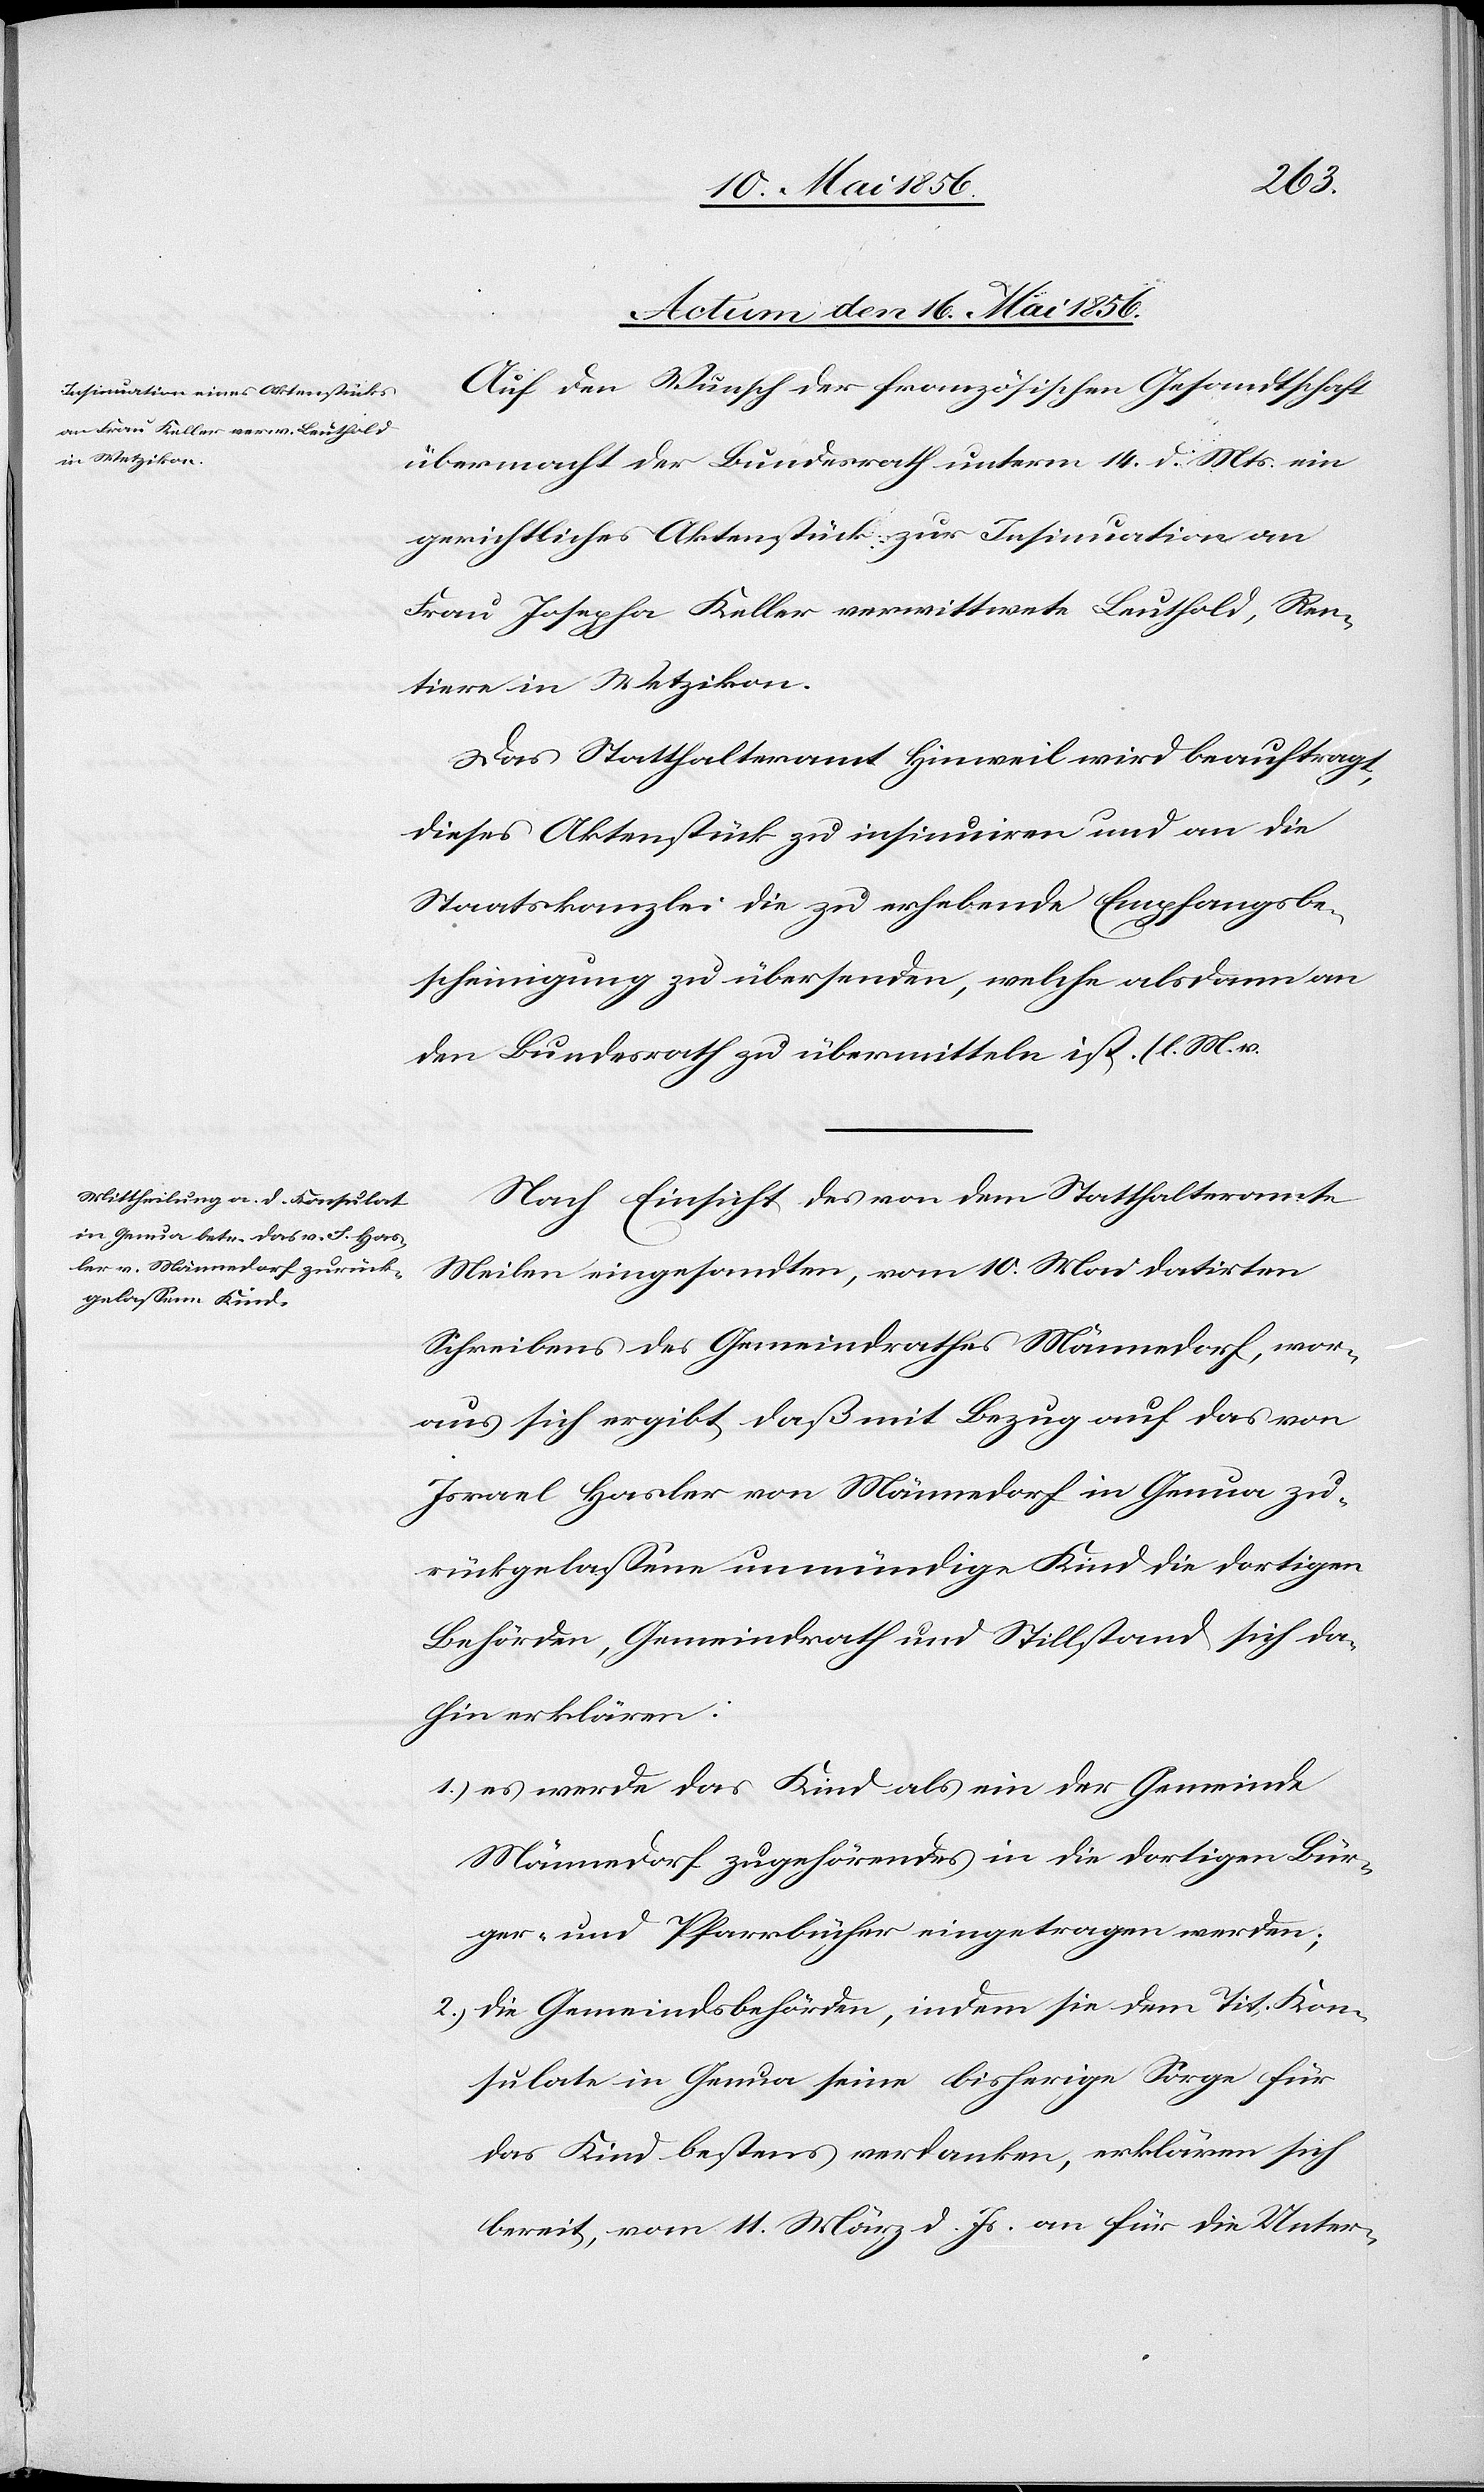
Actum den 16. Mai 1856.]
Auf den Wunsch der französischen Gesandtschaft
übermacht der Bundesrath unterm 14. d. Mts. ein
gerichtliches Aktenstück zur Insinuation an
Frau Josepha Keller verwittwete Leuthold, Ren¬
tiere in Wetzikon.
Das Statthalteramt Hinweil wird beauftragt,
dieses Aktenstück zu insinuiren und an die
Staatskanzlei die zu erhebende Empfangsbe¬
scheinigung zu übersenden, welche alsdann an
den Bundesrath zu übermitteln ist. (l. M. v.
Nach Einsicht des von dem Statthalteramte
Meilen eingesandten, vom 10. Mai datirten
Schreibens des Gemeindrathes Männedorf, wor¬
aus sich ergibt, daß mit Bezug auf das von
Israel Hasler von Männedorf in Genua zu¬
rückgelassene unmündige Kind die dortigen
Behörden, Gemeindrath und Stillstand sich da¬
hin erklären:
1.) es werde das Kind als ein der Gemeinde
Männedorf zugehörendes in die dortigen Bür¬
ger- und Pfarrbücher eingetragen werden;
2.) die Gemeindsbehörden, indem sie dem Tit. Kon¬
sulate in Genua seine bisherige Sorge für
das Kind bestens verdanken, erklären sich
bereit, vom 11. März d. Js. an für die Unter-